Indian Civil Veterinary Department memoirs
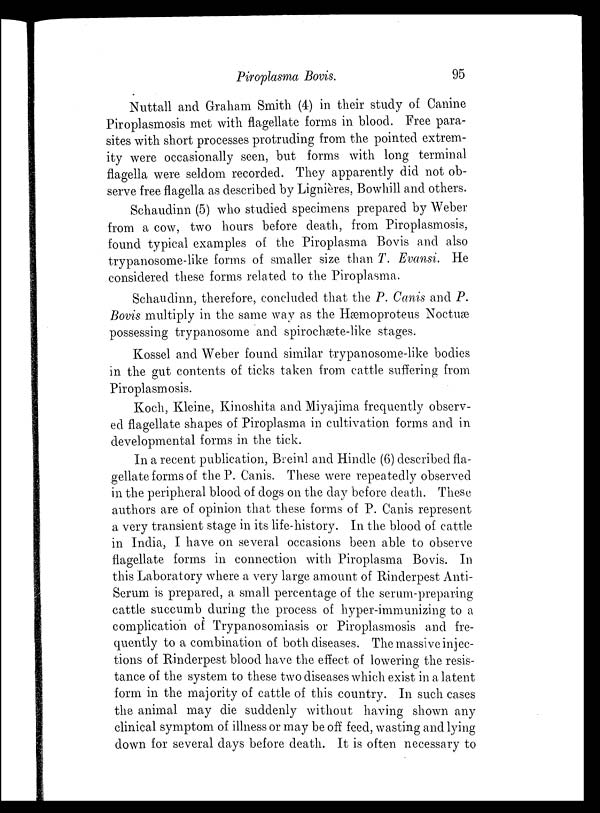
Piroplasma Bovis.
95
Nuttall and Graham Smith (4) in their study of Canine
Piroplasmosis met with flagellate forms in blood. Free para-
sites with short processes protruding from the pointed extrem-
ity were occasionally seen, but forms with long terminal
flagella were seldom recorded. They apparently did not ob-
serve free flagella as described by Lignières, Bowhill and others.
Schaudinn (5) who studied specimens prepared by Weber
from a cow, two hours before death, from Piroplasmosis,
found typical examples of the Piroplasma Bovis and also
trypanosome-like forms of smaller size than T. Evansi. He
considered these forms related to the Piroplasma.
Schaudinn, therefore, concluded that the P. Canis and P.
Bovis multiply in the same way as the Hæmoproteus Noctuæ
possessing trypanosome and spirochæte-like stages.
Kossel and Weber found similar trypanosome-like bodies
in the gut contents of ticks taken from cattle suffering from
Piroplasmosis.
Koch, Kleine, Kinoshita and Miyajima frequently observ-
ed flagellate shapes of Piroplasma in cultivation forms and in
developmental forms in the tick.
In a recent publication, Breinl and Hindle (6) described fla-
gellate forms of the P. Canis. These were repeatedly observed
in the peripheral blood of dogs on the day before death. These
authors are of opinion that these forms of P. Canis represent
a very transient stage in its life-history. In the blood of cattle
in India, I have on several occasions been able to observe
flagellate forms in connection with Piroplasma Bovis. In
this Laboratory where a very large amount of Rinderpest Anti-
Serum is prepared, a small percentage of the serum-preparing
cattle succumb during the process of hyper-immunizing to a
complication of Trypanosomiasis or Piroplasmosis and fre-
quently to a combination of both diseases. The massive injec-
tions of Rinderpest blood have the effect of lowering the resis-
tance of the system to these two diseases which exist in a latent
form in the majority of cattle of this country. In such cases
the animal may die suddenly without having shown any
clinical symptom of illness or may be off feed, wasting and lying
down for several days before death. It is often necessary to